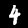
Label: 4